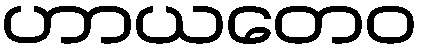
ဟာယတေဝ